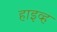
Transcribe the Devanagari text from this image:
हाइव्ह